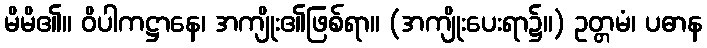
မိမိ၏။ ဝိပါကဋ္ဌာနေ၊ အကျိုး၏ဖြစ်ရာ။ (အကျိုးပေးရာ၌။) ဥတ္တမံ၊ ပဓာန